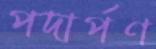
পদার্পণ